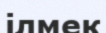
ілмек